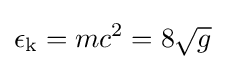
\epsilon _{\text{k}}=mc^{2}=8{\sqrt {g}}